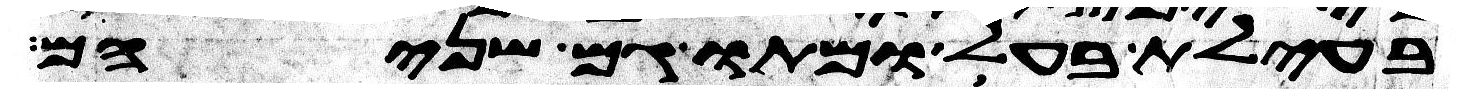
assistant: בעילת בעל ומתו גם שניהם